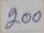
200